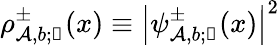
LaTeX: \rho_{\mathcal{A},b;\mathscr{{k}}}^{\pm}(x)\equiv{\left|\psi_{\mathcal{A},b;\mathscr{{k}}}^{\pm}(x)\right|}^{2}